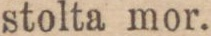
stolta mor.